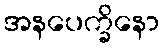
အနပေက္ခိနော